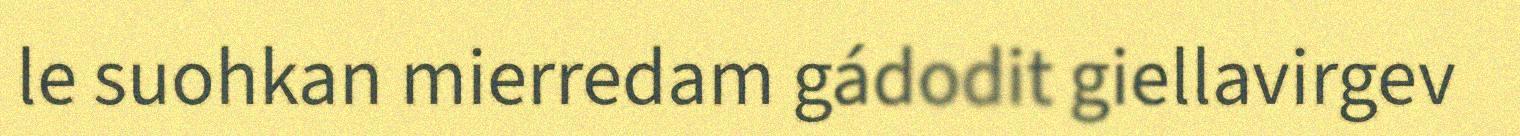
le suohkan mierredam gádodit giellavirgev